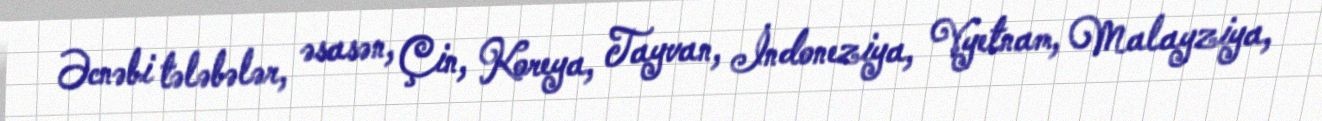
Əcnəbi tələbələr, əsasən, Çin, Koreya, Tayvan, İndoneziya, Vyetnam, Malayziya,